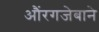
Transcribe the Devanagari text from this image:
औंरगजेबाने